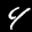
Label: 4